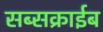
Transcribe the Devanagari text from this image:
सब्सक्राईब